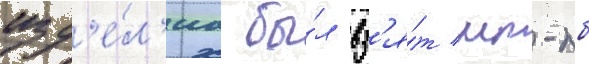
изд'е́л'иа бы́л вз'я́т мт-лб